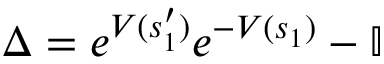
\Delta = e ^ { V ( s _ { 1 } ^ { \prime } ) } e ^ { - V ( s _ { 1 } ) } - \mathbb { I }